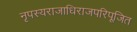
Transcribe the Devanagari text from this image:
नृपस्यराजाधिराजपरिपूजित